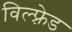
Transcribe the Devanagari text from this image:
विल्फ़्रेड